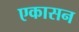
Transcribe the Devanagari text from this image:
एकासन